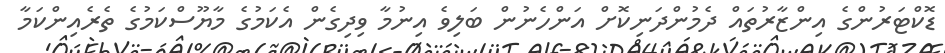
ޑޮކްޓަރުންގެ އިންޒާރުތައް ދެމުންދަނިކޮށް އަންހެނުން ބަލިވެ އިނުމާ ވިދިގެން އެކަމުގެ މާޔޫސްކަމުގެ ތެރެއިންކަމާ